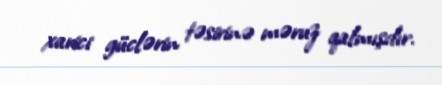
xarici güclərin təsirinə məruz qalmışdır.